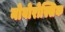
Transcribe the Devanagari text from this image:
नोवोरोस्सिक